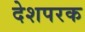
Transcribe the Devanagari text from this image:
देशपरक